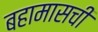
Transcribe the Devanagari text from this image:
बहामासची